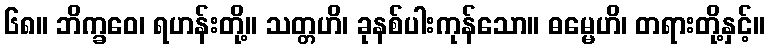
၆၈။ ဘိက္ခဝေ၊ ရဟန်းတို့။ သတ္တဟိ၊ ခုနစ်ပါးကုန်သော။ ဓမ္မေဟိ၊ တရားတို့နှင့်။